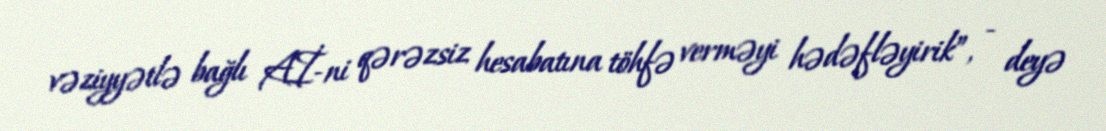
vəziyyətlə bağlı Aİ-ni qərəzsiz hesabatına töhfə verməyi hədəfləyirik”, - deyə